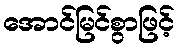
အောင်မြင်စွာဖြင့်